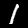
Digit: 1